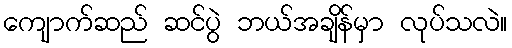
ကျောက်ဆည် ဆင်ပွဲ ဘယ်အချိန်မှာ လုပ်သလဲ။